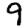
Digit: 9